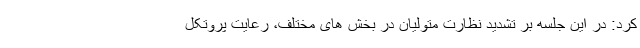
کرد: در این جلسه بر تشدید نظارت متولیان در بخش های مختلف، رعایت پروتکل